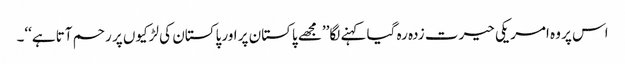
اس پر وہ امریکی حیرت زدہ رہ گیا کہنے لگا’’مجھے پاکستان پر اور پاکستان کی لڑکیوں پر رحم آتا ہے‘‘۔